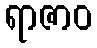
ရာဇာဝ